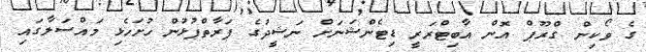
ގެ ވޯކިން ގްރޫޕް އޮން އާބިޓްރަރީ ޑިޓެންޝަނަށް ނަޝީދުގެ ފަރާތްޕުޅުން ހުށަހެޅި މައްސަލާގައި